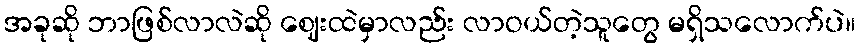
အခုဆို ဘာဖြစ်လာလဲဆို ဈေးထဲမှာလည်း လာဝယ်တဲ့သူတွေ မရှိသလောက်ပဲ။